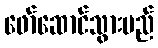
ဖော်ဆောင်သွားမည်